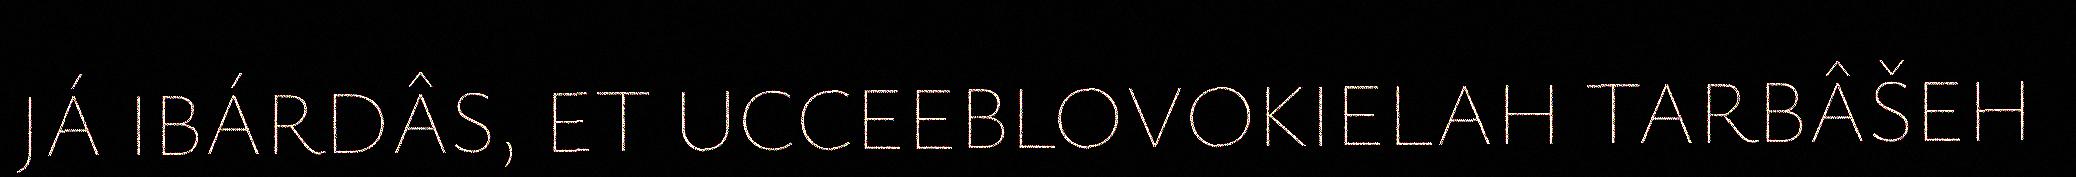
JÁ IBÁRDÂS, ET UCCEEBLOVOKIELAH TARBÂŠEH